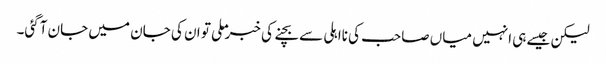
لیکن جیسے ہی انہیں میاں صاحب کی نااہلی سے بچنے کی خبر ملی تو ان کی جان میں جان آگئی۔